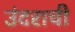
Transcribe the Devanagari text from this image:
उंदराची